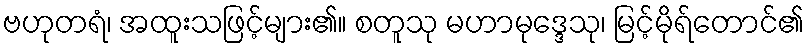
ဗဟုတရံ၊ အထူးသဖြင့်များ၏။ စတူသု မဟာမုဒ္ဒေသု၊ မြင့်မိုရ်တောင်၏